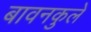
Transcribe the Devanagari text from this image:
बावनकुले